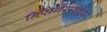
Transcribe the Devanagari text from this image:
निसर्गसंपदेवर